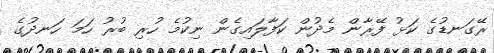
ރޭގަނޑުގެ ކަޅު ފޭރާން މެދުން ކަފާލައިގެން ނިކުމެ ހުރި ބުރު ހަމަ ހަނދުގެ